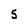
Character: S